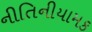
નીતિનીયામક